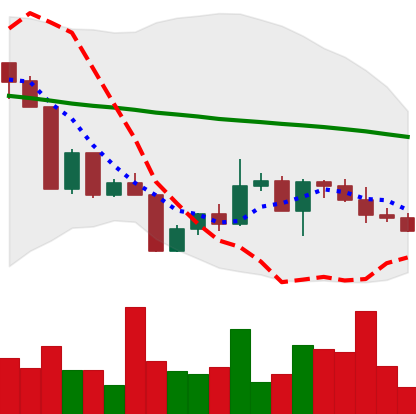
Ticker: XLM-USD
Chart end date: 2022-04-23
Forward return: -3.28%
Label: down_3_5